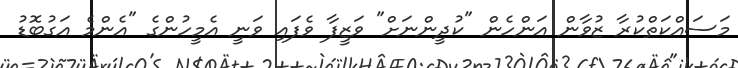
މަސައްކަތްކުރާ ޒުވާން އަންހެން "ކުދީންނަށް" ވަޒީފާ ވެފައި ވަނީ އެމީހުންގެ "އެންމެ އަގުބޮޑު